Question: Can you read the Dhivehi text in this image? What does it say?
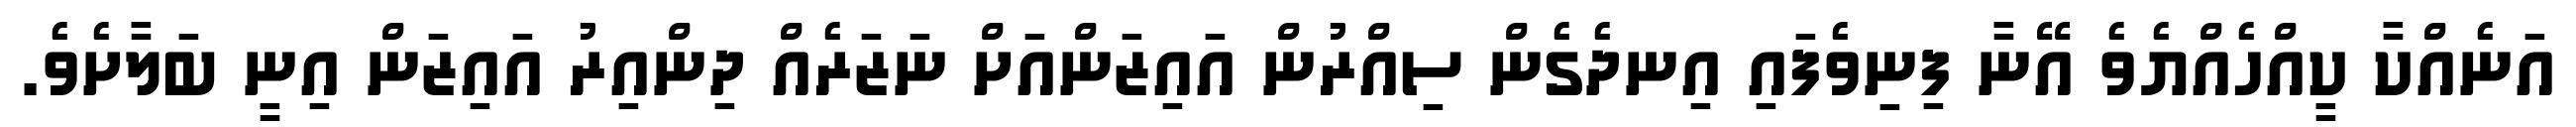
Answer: އަނެއްކާ ކީއްހެއްޔެވެ އޭނާ ފިނިވެފައި އިނދެގެން ސިއްރުން އައިޒަންއަށް ނަޒަރެއް ދިންއިރު އައިޒަން އިނީ ބަލާށެވެ.